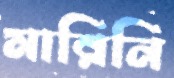
মারিনি